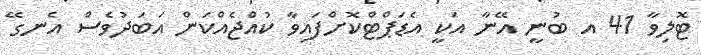
ޓޮލިވާ 41 އ ބުނީ އޭނާ އަކީ އެޑަޕްޓްކޮށްފައިވާ ކުއްޖެއްކަން އަބަދުވެސް އެނގޭ